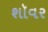
શૉવર